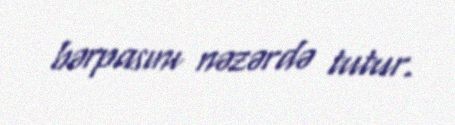
bərpasını nəzərdə tutur.